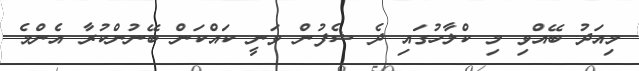
މިއަދު ބޭއްވި މި ކްލާހުގައި ދެ ޝެފުން ވަނީ ކައްކަން ބޭނުންކުރާ އެންމެ